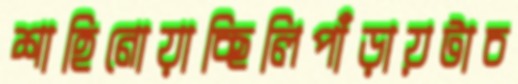
শাহিনোয়াচ্ছিলিপাঁড়ায়টাচ